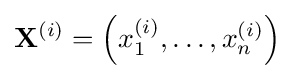
\mathbf {X} ^{(i)}=\left(x_{1}^{(i)},\dots ,x_{n}^{(i)}\right)